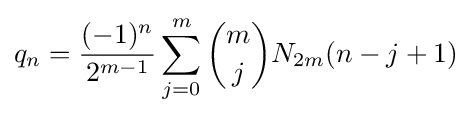
q_{n}={\frac {(-1)^{n}}{2^{m-1}}}\sum _{j=0}^{m}{m \choose j}N_{2m}(n-j+1)